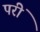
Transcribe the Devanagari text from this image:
परीं